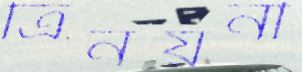
ত্রিনয়নী